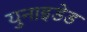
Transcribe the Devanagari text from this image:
युनाइडेड